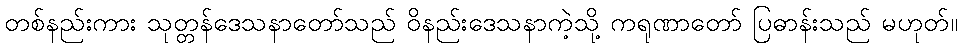
တစ်နည်းကား သုတ္တန်ဒေသနာတော်သည် ဝိနည်းဒေသနာကဲ့သို့ ကရုဏာတော် ပြဓာန်းသည် မဟုတ်။